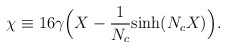
\begin{align*}\chi \equiv 16 \gamma \Big ( X- {1\over N_c}{\rm sinh} (N_cX) \Big ).\end{align*}